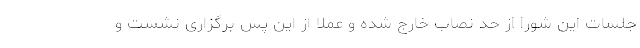
جلسات این شورا از حد نصاب خارج شده و عملا از این پس برگزاری نشست و